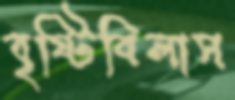
বৃষ্টিবিলাস